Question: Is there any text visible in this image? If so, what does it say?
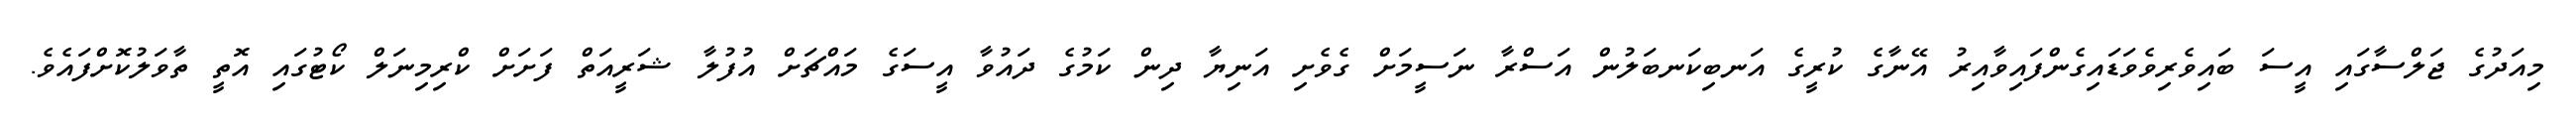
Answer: މިއަދުގެ ޖަލްސާގައި އީސަ ބައިވެރިވެވަޑައިގެންފައިވާއިރު އޭނާގެ ކުރީގެ އަނބިކަނބަލުން އަސްރާ ނަސީމަށް ގެވެށި އަނިޔާ ދިން ކަމުގެ ދައުވާ އީސަގެ މައްޗަށް އުފުލާ ޝަރީއަތް ފަށަށް ކްރިމިނަލް ކޯޓުގައި އޮތީ ތާވަލުކޮށްފައެވެ.